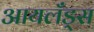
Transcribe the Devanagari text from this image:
आयलँड्स